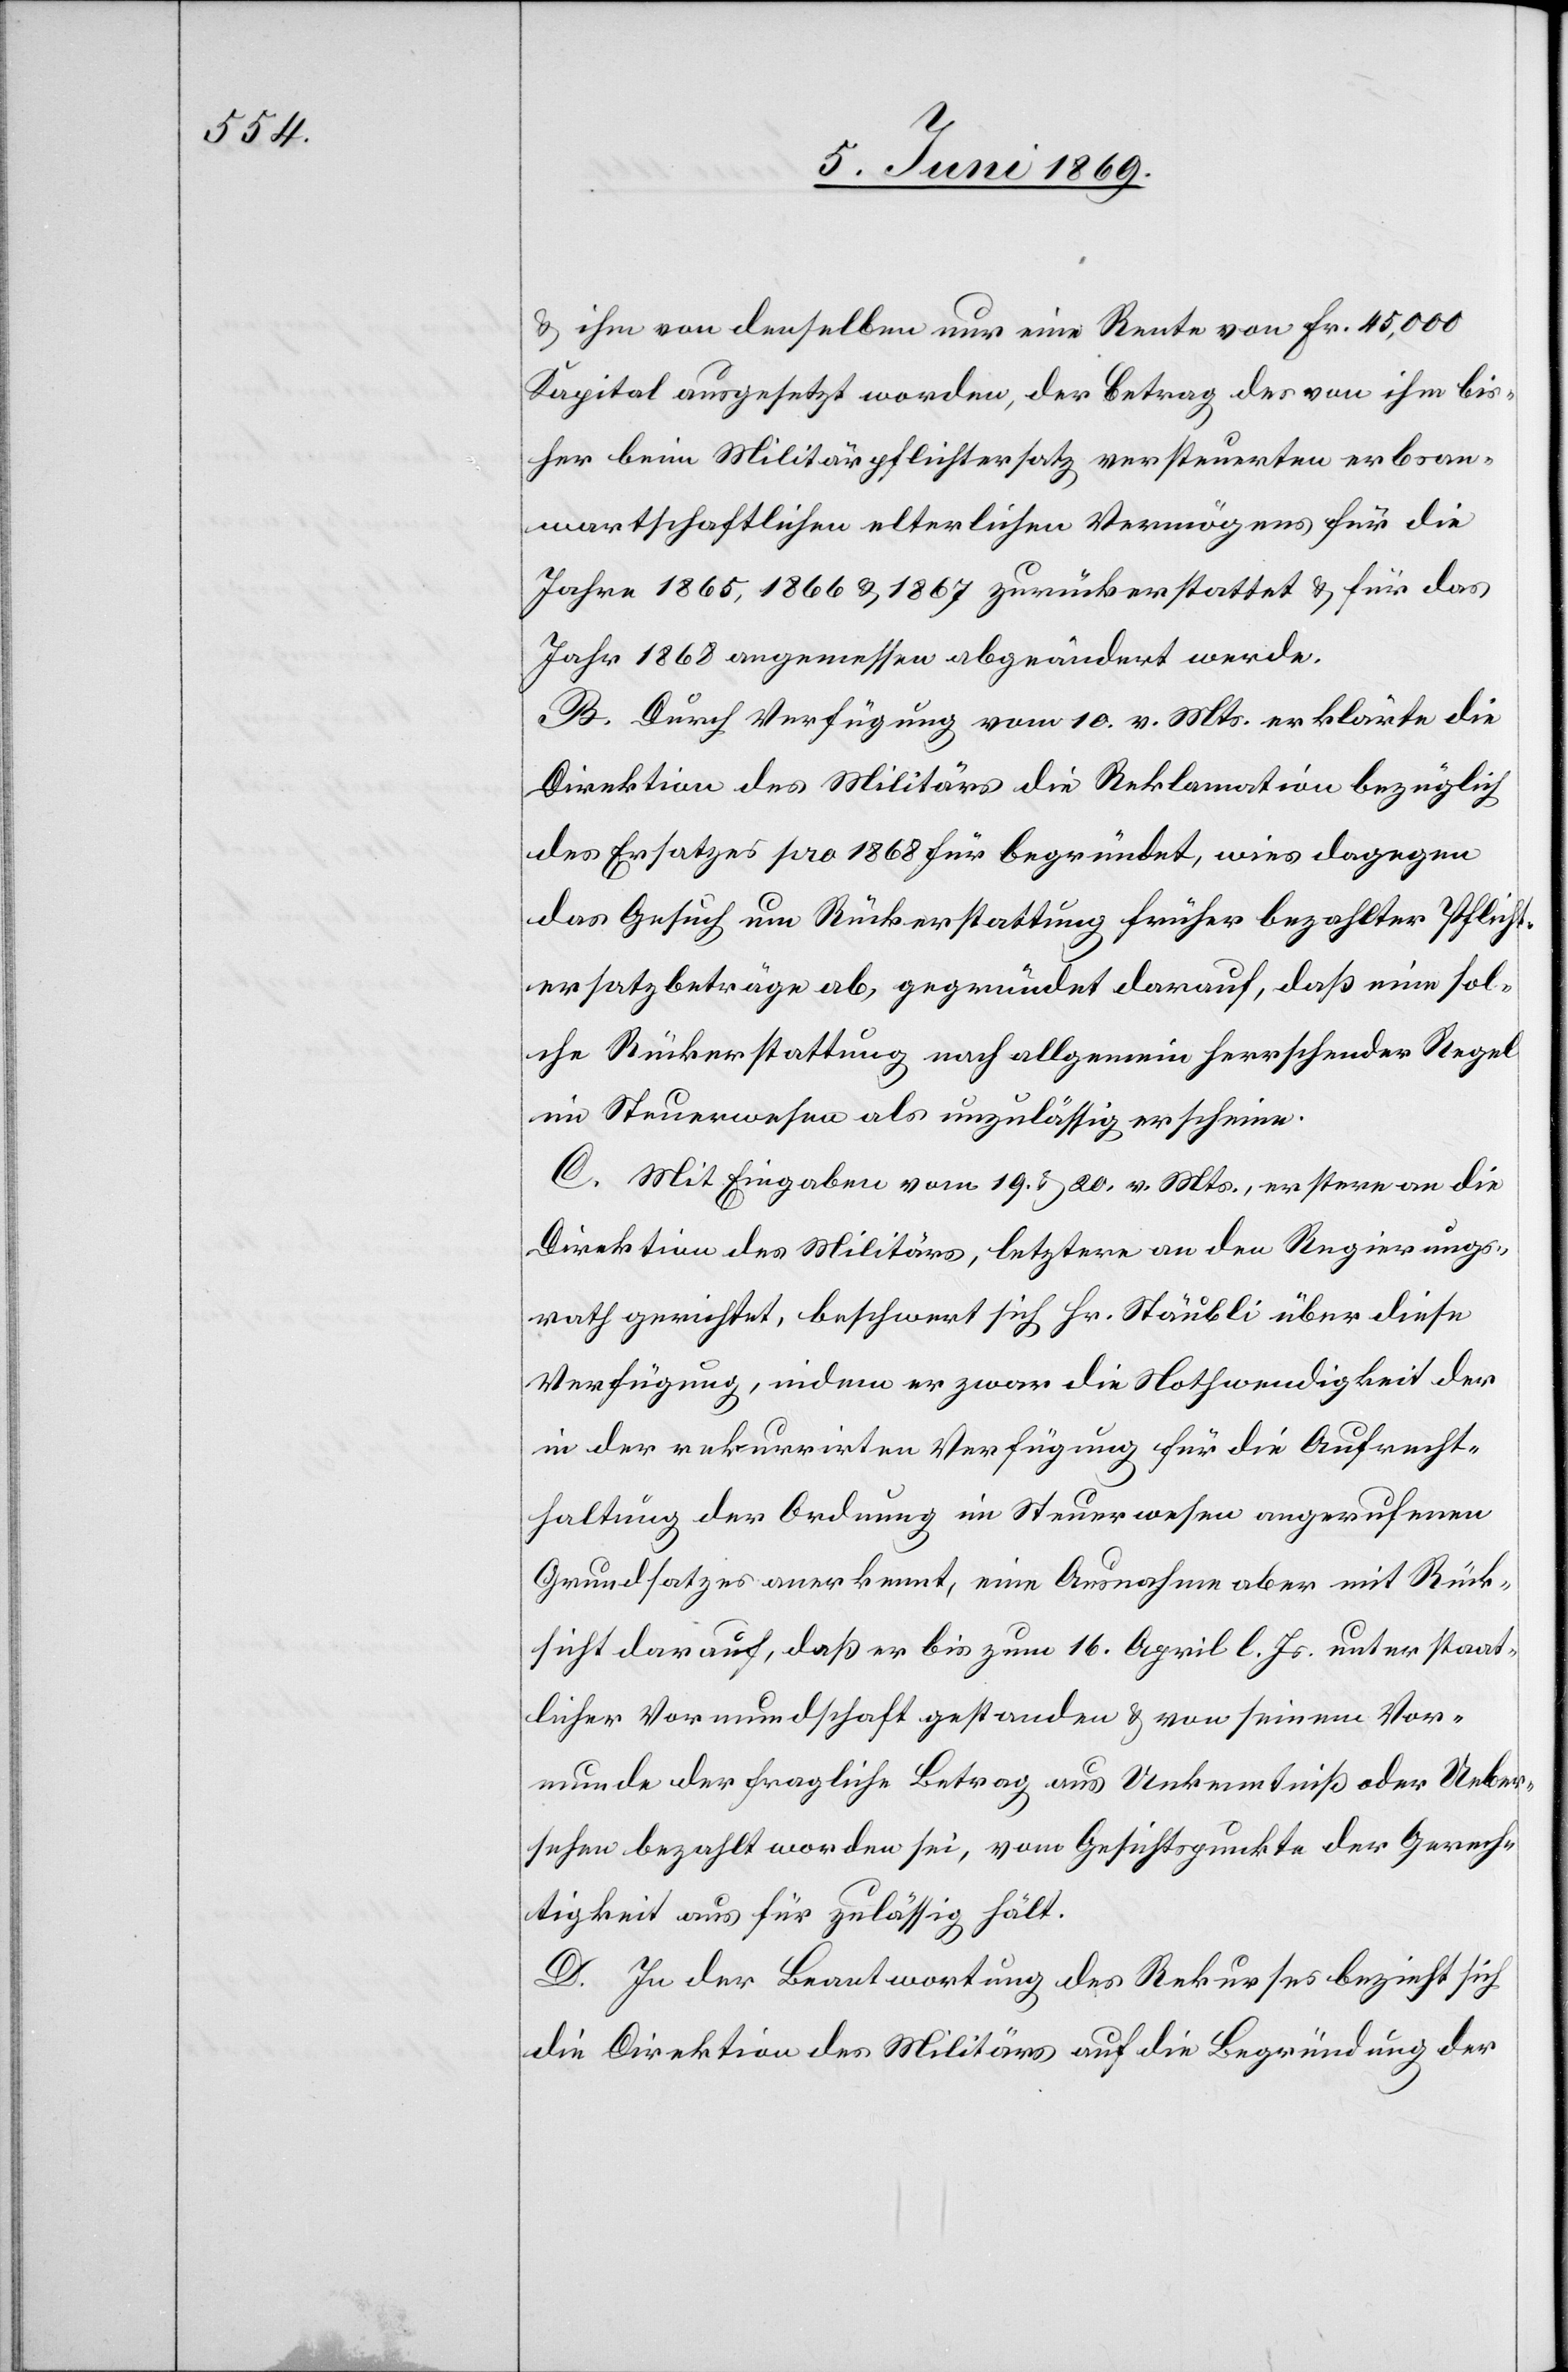
u. ihm von denselben nur eine Rente von Fr. 45,000
Kapital ausgesetzt worden, der Betrag des von ihm bis¬
her beim Militärpflichtersatz versteuerten erbsan¬
wartschaftlichen elterlichen Vermögens für die
Jahre 1865,1866 u. 1867 zurückerstattet u. für das
Jahr 1868 angemessen abgeändert werde.
B. Durch Verfügung vom 10 v. Mts. erklärte die
Direktion des Militärs die Reklamation bezüglich
des Ersatzes pro 1868 für begründet, wies dagegen
das Gesuch um Rückerstattung früher bezahlter Pflicht¬
ersatzbeträge ab, gegründet darauf, daß eine sol¬
che Rückerstattung nach allgemein herrschender Regel
im Steuerwesen als unzuläßig erscheine.
C. Mit Eingaben vom 19. u. 20 v. Mts., erstere an die
Direktion des Militärs, letztere an den Regierungs¬
rath gerichtet, beschwert sich Hr. Stäubli über diese
Verfügung, indem er zwar die Nothwendigkeit der
in der rekurrirten Verfügung für die Aufrecht¬
haltung der Ordnung im Steuerwesen angerufenen
Grundsatzes anerkennt, eine Ausnahme aber mit Rück¬
sicht darauf, daß er bis zum 16 April l. Js. unter staat¬
licher Vormundschaft gestanden u. von seinem Vor¬
munde der fragliche Betrag aus Unkenntniß oder Ueber¬
sehen bezahlt worden sei, vom Gesichtspunkte der Gerech¬
tigkeit aus für zulässig hält.
D. In der Beantwortung des Rekurses bezieht sich
die Direktion des Militärs auf die Begründung der